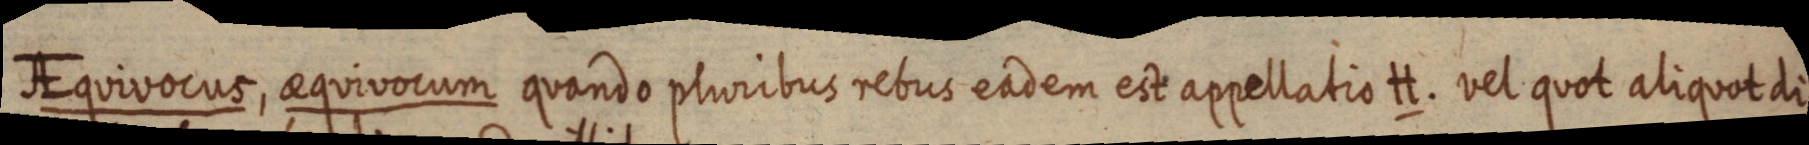
AEquivocus, aequivocum quando pluribus rebus eadem est appellatio H. vel quot aliquot di